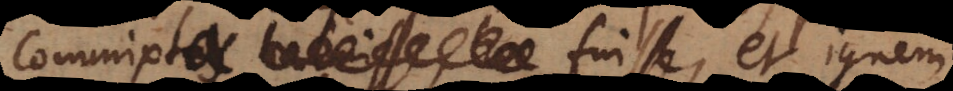
commixta fuisse, et ignem